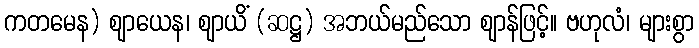
ကတမေန) ဈာယေန၊ ဈာယိံ (ဆဋ္ဌ) အဘယ်မည်သော ဈာန်ဖြင့်။ ဗဟုလံ၊ များစွာ